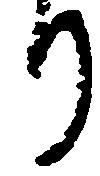
り